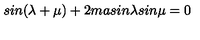
s i n ( \lambda + \mu ) + 2 m a s i n \lambda s i n \mu = 0